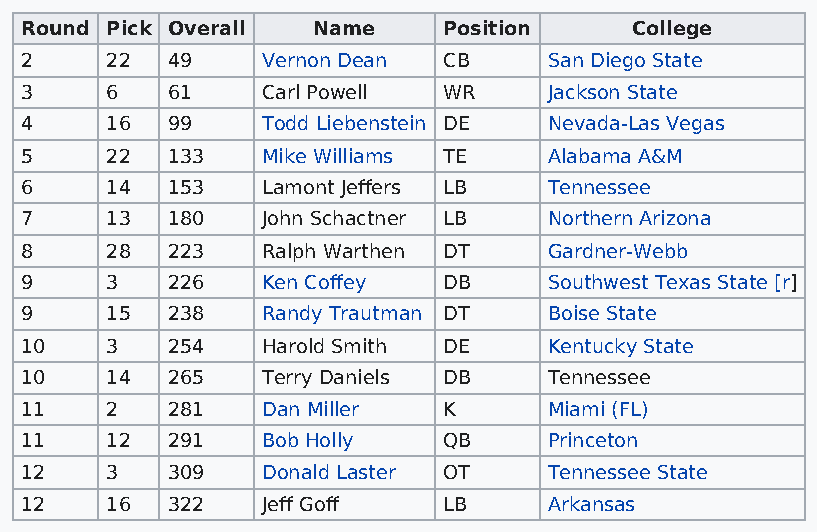
Round Pick Overall  Name    Position     College
 2     22  49    Vernon Dean CB     San Diego State
 3     6   61    Carl Powell WR     Jackson State
 4     16  99    Todd Liebenstein DE Nevada-Las Vegas
 5     22  133   Mike Williams TE   Alabama A&M
 6     14  153   Lamont Jeffers LB  Tennessee
 7     13  180   John Schactner LB  Northern Arizona
 8     28  223   Ralph Warthen DT   Gardner-Webb
 9     3   226   Ken Coffey  DB     Southwest Texas State [r]
 9     15  238   Randy Trautman DT  Boise State
 10    3   254   Harold Smith DE    Kentucky State
 10    14  265   Terry Daniels DB   Tennessee
 11    2   281   Dan Miller  K      Miami (FL)
 11    12  291   Bob Holly   QB     Princeton
 12    3   309   Donald Laster OT   Tennessee State
 12    16  322   Jeff Goff   LB     Arkansas